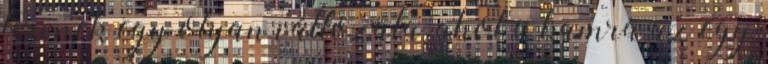
tervnek egy olyan változata, ahol a kamra az egy